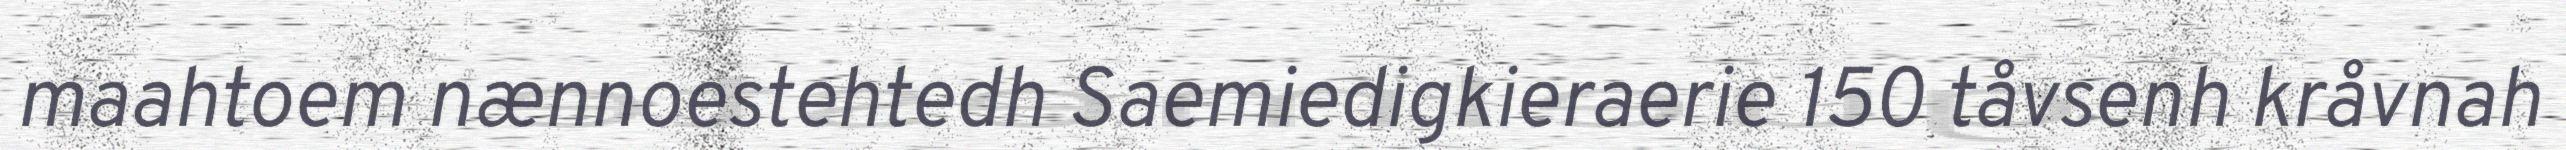
maahtoem nænnoestehtedh Saemiedigkieraerie 150 tåvsenh kråvnah